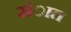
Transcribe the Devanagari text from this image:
संात